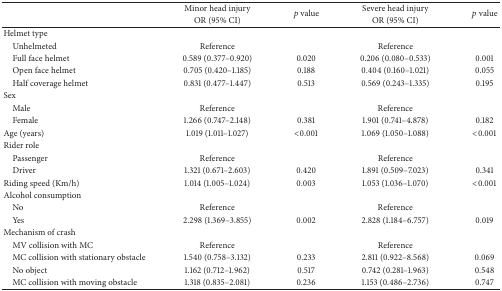
<table><thead><tr><td rowspan="2"><b> </b></td><td><b>Minor head injury</b></td><td rowspan="2"><b><i>p</i> value</b></td><td><b>Severe head injury</b></td><td rowspan="2"><b><i>p</i> value</b></td></tr><tr><td><b>OR (95% CI)</b></td><td><b>OR (95% CI)</b></td></tr></thead><tbody><tr><td>Helmet type</td><td> </td><td> </td><td> </td><td> </td></tr><tr><td> Unhelmeted</td><td>Reference</td><td> </td><td>Reference</td><td> </td></tr><tr><td> Full face helmet</td><td>0.589 (0.377–0.920)</td><td> 0.020</td><td>0.206 (0.080–0.533)</td><td> 0.001</td></tr><tr><td> Open face helmet</td><td>0.705 (0.420–1.185)</td><td> 0.188</td><td>0.404 (0.160–1.021)</td><td> 0.055</td></tr><tr><td> Half coverage helmet</td><td>0.831 (0.477–1.447)</td><td> 0.513</td><td>0.569 (0.243–1.335)</td><td> 0.195</td></tr><tr><td>Sex</td><td> </td><td> </td><td> </td><td> </td></tr><tr><td> Male</td><td>Reference</td><td> </td><td>Reference</td><td> </td></tr><tr><td> Female</td><td>1.266 (0.747–2.148)</td><td> 0.381</td><td>1.901 (0.741–4.878)</td><td> 0.182</td></tr><tr><td>Age (years)</td><td>1.019 (1.011–1.027)</td><td> &lt;0.001</td><td>1.069 (1.050–1.088)</td><td> &lt;0.001</td></tr><tr><td>Rider role</td><td> </td><td> </td><td> </td><td> </td></tr><tr><td> Passenger</td><td>Reference</td><td> </td><td>Reference</td><td> </td></tr><tr><td> Driver</td><td>1.321 (0.671–2.603)</td><td> 0.420</td><td>1.891 (0.509–7.023)</td><td> 0.341</td></tr><tr><td>Riding speed (Km/h)</td><td>1.014 (1.005–1.024)</td><td> 0.003</td><td>1.053 (1.036–1.070)</td><td>&lt;0.001</td></tr><tr><td>Alcohol consumption </td><td> </td><td> </td><td> </td><td> </td></tr><tr><td> No</td><td>Reference</td><td> </td><td>Reference</td><td> </td></tr><tr><td> Yes</td><td>2.298 (1.369–3.855)</td><td> 0.002</td><td>2.828 (1.184–6.757)</td><td> 0.019</td></tr><tr><td>Mechanism of crash</td><td> </td><td> </td><td> </td><td> </td></tr><tr><td> MV collision with MC</td><td>Reference</td><td> </td><td>Reference</td><td> </td></tr><tr><td> MC collision with stationary obstacle</td><td>1.540 (0.758–3.132)</td><td> 0.233</td><td>2.811 (0.922–8.568)</td><td> 0.069</td></tr><tr><td> No object</td><td>1.162 (0.712–1.962)</td><td> 0.517</td><td>0.742 (0.281–1.963)</td><td> 0.548</td></tr><tr><td> MC collision with moving obstacle</td><td>1.318 (0.835–2.081)</td><td> 0.236</td><td>1.153 (0.486–2.736)</td><td> 0.747</td></tr></tbody></table>